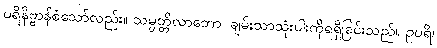
ပရိနိဗ္ဗာန်စံသော်လည်း။ သမ္ပတ္တိလာဘော၊ ချမ်းသာသုံးပါးကိုရရှိခြင်းသည်။ ဥပရိ၊